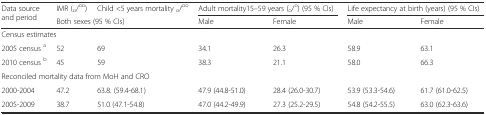
<table><thead><tr><td rowspan="2"><b>Data source and period</b></td><td><b>IMR (<sub>o</sub>/<sup>oo</sup>)</b></td><td><b>Child &lt;5 years mortality <sub>o</sub>/<sup>oo</sup></b></td><td colspan="2"><b>Adult mortality15–59 years (<sub>o</sub>/<sup>o</sup>) (95 % CIs)</b></td><td colspan="2"><b>Life expectancy at birth (years) (95 % CIs)</b></td></tr><tr><td colspan="2"><b>Both sexes (95 % CIs)</b></td><td><b>Male</b></td><td><b>Female</b></td><td><b>Male</b></td><td><b>Female</b></td></tr></thead><tbody><tr><td colspan="7">Census estimates</td></tr><tr><td>2005 census <sup>a</sup></td><td>52</td><td>69</td><td>34.1</td><td>26.3</td><td>58.9</td><td>63.1</td></tr><tr><td>2010 census <sup>b</sup></td><td>45</td><td>59</td><td>38.3</td><td>21.1</td><td>58.0</td><td>66.3</td></tr><tr><td colspan="7">Reconciled mortality data from MoH and CRO</td></tr><tr><td>2000-2004</td><td>47.2</td><td>63.8. (59.4-68.1)</td><td>47.9 (44.8-51.0)</td><td>28.4 (26.0-30.7)</td><td>53.9 (53.3-54.6)</td><td>61.7 (61.0-62.5)</td></tr><tr><td>2005-2009</td><td>38.7</td><td>51.0 (47.1-54.8)</td><td>47.0 (44.2-49.9)</td><td>27.3 (25.2-29.5)</td><td>54.8 (54.2-55.5)</td><td>63.0 (62.3-63.6)</td></tr></tbody></table>